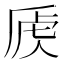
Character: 𰲚